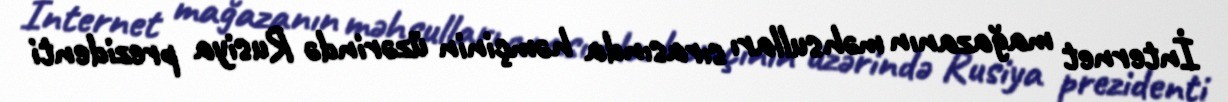
İnternet mağazanın məhsulları sırasında həmçinin üzərində Rusiya prezidenti